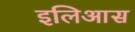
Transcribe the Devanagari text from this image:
इलिआस